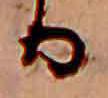
る